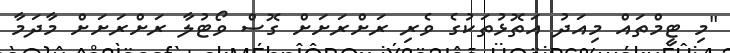
"މި ޓީމްތައް މިއަދު އަތޮޅުތަކުގެ ވެރި ރަށްރަށަށް ގޮސް ވޯޓުލާ ރަށްރަށަށް މާދަމާ